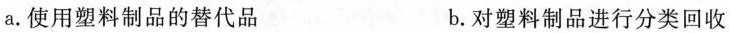
a。使用塑料制品的替代品 b。对塑料制品进行分类回收